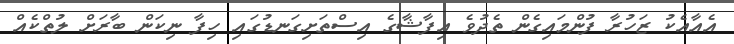
އެއާއެކު ޒަހުރާ ފުންމައިގެން ތެދުވެ އިފާޝާގެ އިސްތަށިގަނޑުގައި ހިފާ ނިކަން ބާރަށް ލުތްކެއް